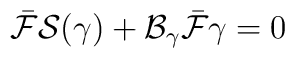
\bar{\cal F}{\cal S}(\gamma) +  {\cal B}_\gamma \bar{\cal F} \gamma = 0